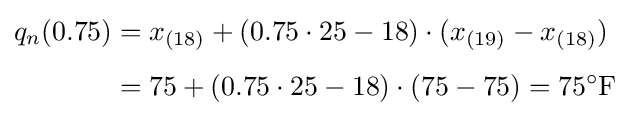
{\begin{aligned}q_{n}(0.75)&=x_{(18)}+(0.75\cdot 25-18)\cdot (x_{(19)}-x_{(18)})\\[5pt]&=75+(0.75\cdot 25-18)\cdot (75-75)=75^{\circ }{\text{F}}\end{aligned}}